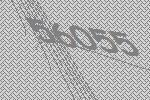
56055